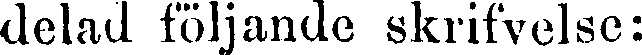
delad följande skrifvelse: